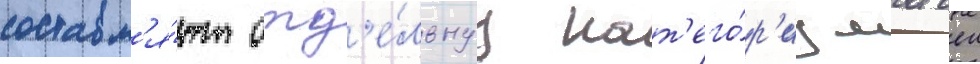
составл'я́ют отд'е́льнуу кат'его́р'иу матчеи